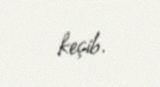
keçib.